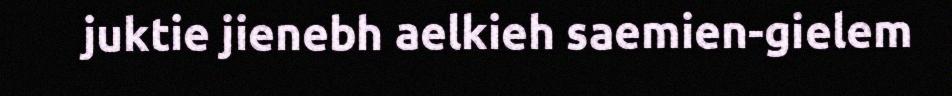
juktie jienebh aelkieh saemien-gielem